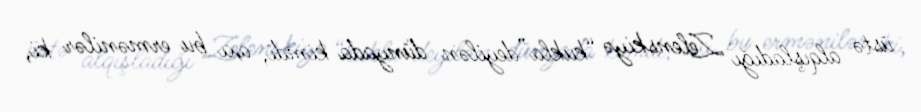
üstə alqışladığı Zelenskiyə “kukla”deyilən dünyada kimdi, axı bu ermənilər ki,